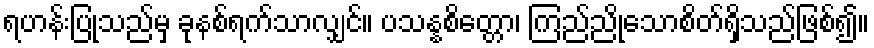
ရဟန်းပြုသည်မှ ခုနစ်ရက်သာလျှင်။ ပသန္နစိတ္တော၊ ကြည်ညိုသောစိတ်ရှိသည်ဖြစ်၍။